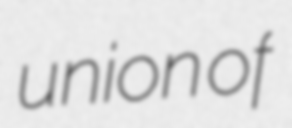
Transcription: union of